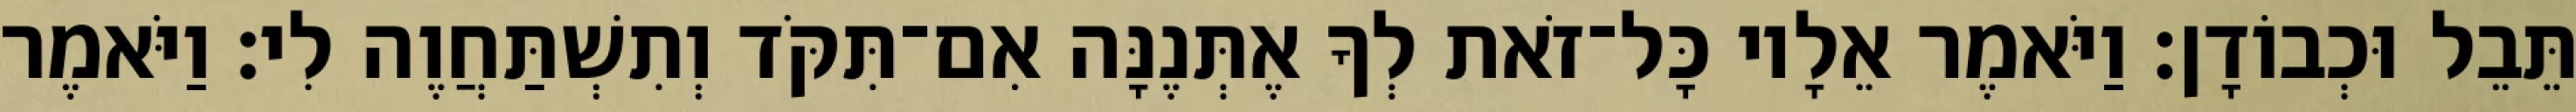
תֵּבֵל וּכְבוֹדָן׃ וַיֹּאמֶר אֵלָיו כָּל־זֹאת לְךָ אֶתְּנֶנָּה אִם־תִּקֹּד וְתִשְׁתַּחֲוֶה לִי׃ וַיֹּאמֶר